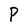
Character: P